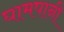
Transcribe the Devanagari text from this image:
घामपानी